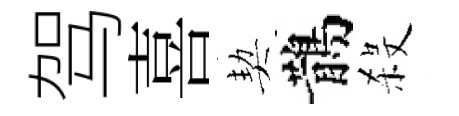
驾喜契鵲殺